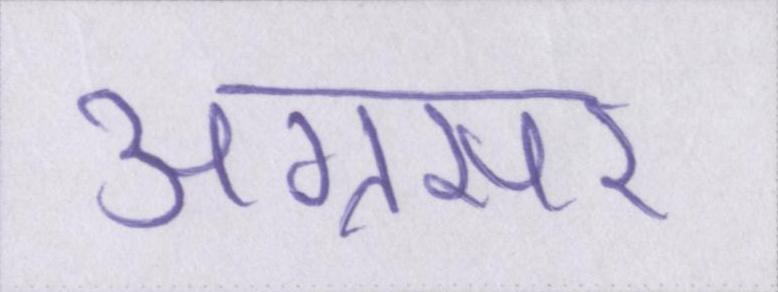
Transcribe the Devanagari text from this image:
अग्रसर